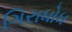
ગિરાધોધ